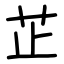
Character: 芷